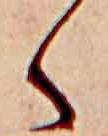
く